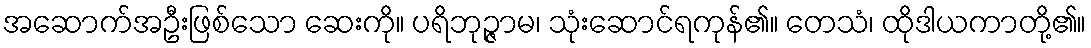
အဆောက်အဦးဖြစ်သော ဆေးကို။ ပရိဘုဉ္ဇာမ၊ သုံးဆောင်ရကုန်၏။ တေသံ၊ ထိုဒါယကာတို့၏။